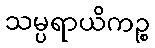
သမ္ပရာယိကဉ္စ